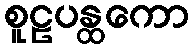
စူဠပန္ထကော